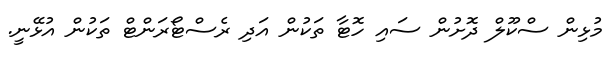
މުޅިން ސްކޫލް ދޮށުން ސައި ހޮޓާ ތަކުން އަދި ރެސްޓޯރަންޓް ތަކުން އުޅޭނީ.